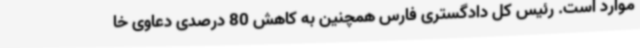
موارد است. رئیس کل دادگستری فارس همچنین به کاهش 80 درصدی دعاوی خا